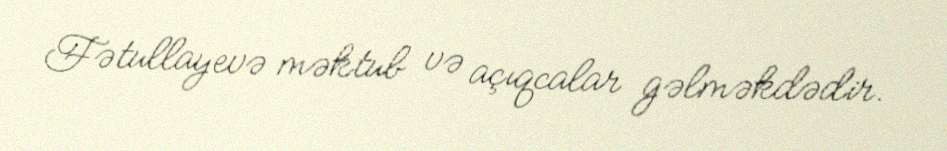
Fətullayevə məktub və açıqcalar gəlməkdədir.